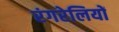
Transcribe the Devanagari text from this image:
रंगरेलियों